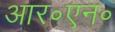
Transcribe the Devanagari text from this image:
आर॰एन॰